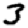
Digit: 3